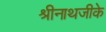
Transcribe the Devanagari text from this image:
श्रीनाथजीके